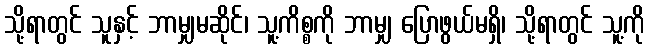
သို့ရာတွင် သူနှင့် ဘာမျှမဆိုင်၊ သူ့ကိစ္စကို ဘာမျှ ပြောဖွယ်မရှိ၊ သို့ရာတွင် သူ့ကို